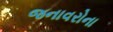
જનાવરોના